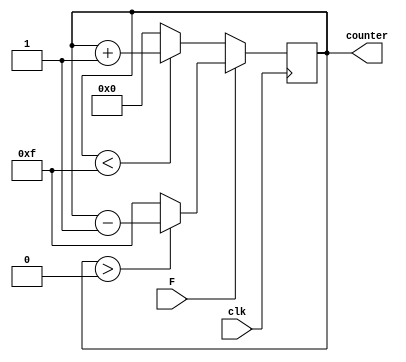
`timescale 1ns/1ps

module counter_forward(

    input clk, F,
    output reg [3:0] counter

);

    always@(posedge clk) begin
        if (F == 0) begin
            if (counter < 4'd15)
                counter <= counter + 4'd1;
            else  
                counter <= 4'd0;
        end
        else begin
            if (counter > 4'd0)
                counter <= counter - 4'd1;
            else  
                counter <= 4'd15;
        end
    end

endmodule